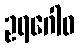
ဥရဂေါဝ